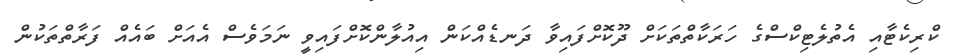
ކްރިކެޓާއި އެތުލެޓިކްސްގެ ހަރަކާތްތަކަށް ދޫކޮށްފައިވާ ދަނޑެއްކަން އިއުލާންކޮށްފައިވީ ނަމަވެސް އެއަށް ބައެއް ފަރާތްތަކުން